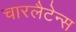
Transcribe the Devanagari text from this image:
चारलैटेन्स